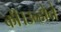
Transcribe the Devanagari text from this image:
कीं।उन्होने